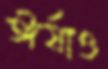
ঈর্ষাও